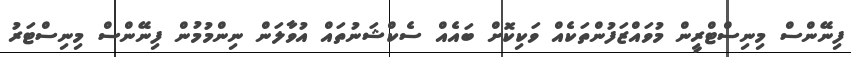
ފިނޭންސް މިނިސްޓްރީން މުވައްޒަފުންތަކެއް ވަކިކޮށް ބައެއް ސެކްޝަނުތައް އުވާލަން ނިންމުމުން ފިނޭންސް މިނިސްޓަރު